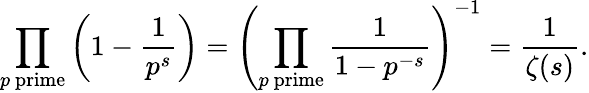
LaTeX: \prod_{p{\mathrm{~prime}}}\left(1-{\frac{1}{p^{s}}}\right)=\left(\prod_{p{\mathrm{~prime}}}{\frac{1}{1-p^{-s}}}\right)^{-1}={\frac{1}{\zeta(s)}}.